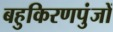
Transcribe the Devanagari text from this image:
बहुकिरणपुंजों